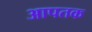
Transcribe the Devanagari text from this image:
आपतक